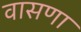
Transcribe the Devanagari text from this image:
वासणा